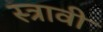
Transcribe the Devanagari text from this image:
स्त्रावी